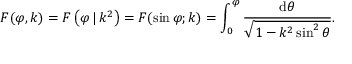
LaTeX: F ( \varphi , k ) = F \left( \varphi \, | \, k ^ { 2 } \right) = F ( \sin \varphi ; k ) = \int _ { 0 } ^ { \varphi } { \frac { \mathrm { d } \theta } { \sqrt { 1 - k ^ { 2 } \sin ^ { 2 } \theta } } } .